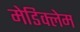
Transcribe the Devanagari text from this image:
मेडिक्लेम